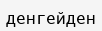
денгейден